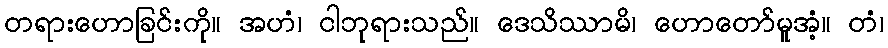
တရားဟောခြင်းကို။ အဟံ၊ ငါဘုရားသည်။ ဒေသိဿာမိ၊ ဟောတော်မူအံ့။ တံ၊